Indian journal of veterinary science and animal husbandry - Volume 3,
Year: 1933
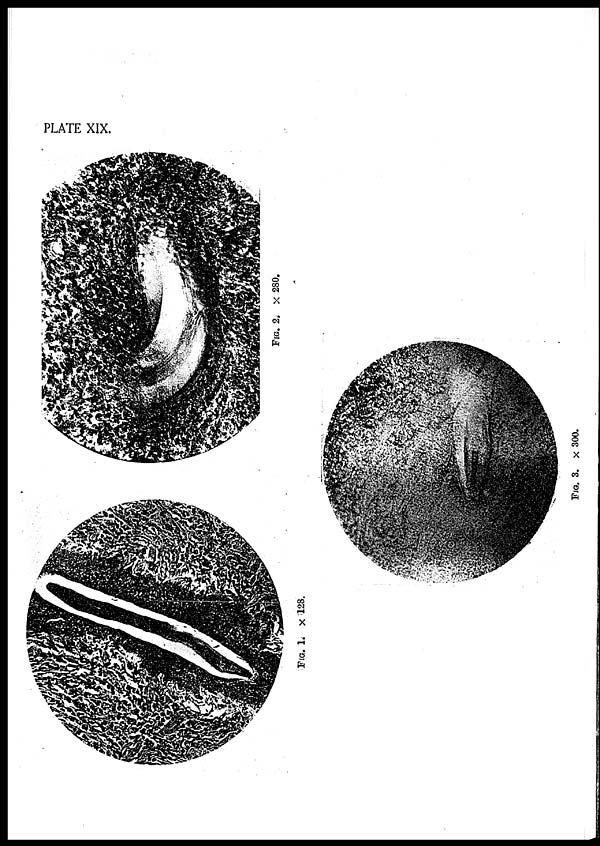
PLATE XIX.
FIG. 1.
× 128.
FIG. 2.
× 280.
FIG.
3. ×
300.